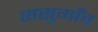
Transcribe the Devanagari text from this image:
ससुगाँव